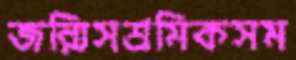
জন্মিসশ্রমিকসম